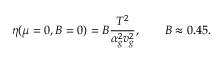
\eta ( \mu = 0 , B = 0 ) = { \cal B } \frac { T ^ { 2 } } { \alpha _ { g } ^ { 2 } v _ { g } ^ { 2 } } , \qquad { \cal B } \approx 0 . 4 5 .